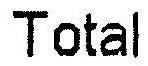
TOTAL